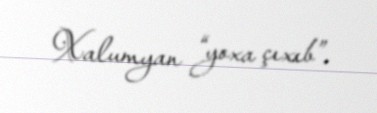
Xalumyan “yoxa çıxıb”.